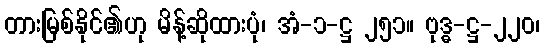
တားမြစ်နိုင်၏ဟု မိန့်ဆိုထားပုံ၊ အံ-၁-ဋ္ဌ ၂၅၁။ ဗုဒ္ဓ-ဋ္ဌ-၂၂၀၊